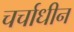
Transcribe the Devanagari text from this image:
चर्चाधीन